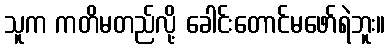
သူက ကတိမတည်လို့ ခေါင်းတောင်မဖော်ရဲဘူး။